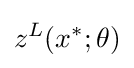
z^{L}(x^{*};\theta )